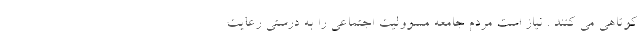
کوتاهی می کنند . نیاز است مردم جامعه مسوولیت اجتماعی را به درستی رعایت